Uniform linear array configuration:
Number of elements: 4
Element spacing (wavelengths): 0.75
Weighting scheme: binomial
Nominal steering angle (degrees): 30
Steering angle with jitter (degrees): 31.943
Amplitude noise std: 0.05
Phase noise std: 0.05

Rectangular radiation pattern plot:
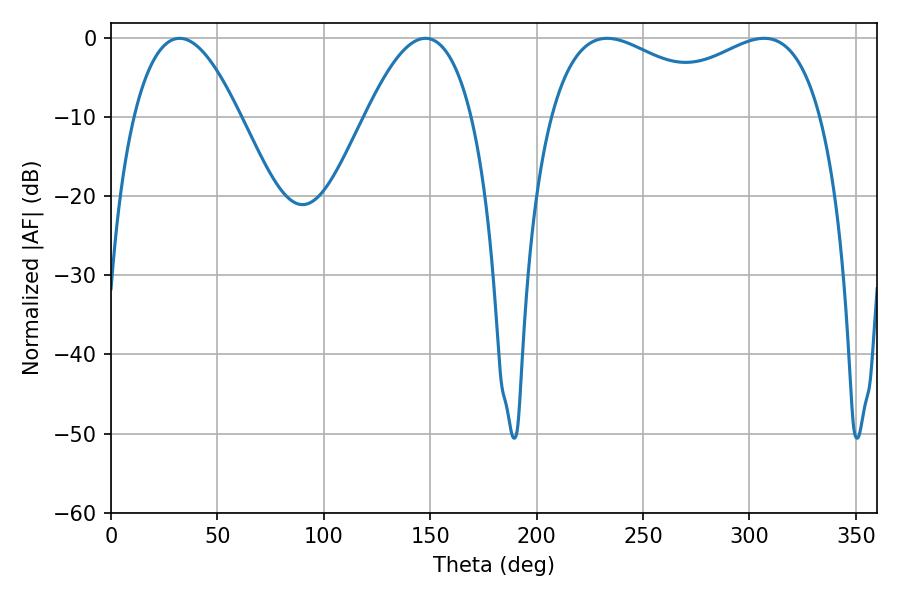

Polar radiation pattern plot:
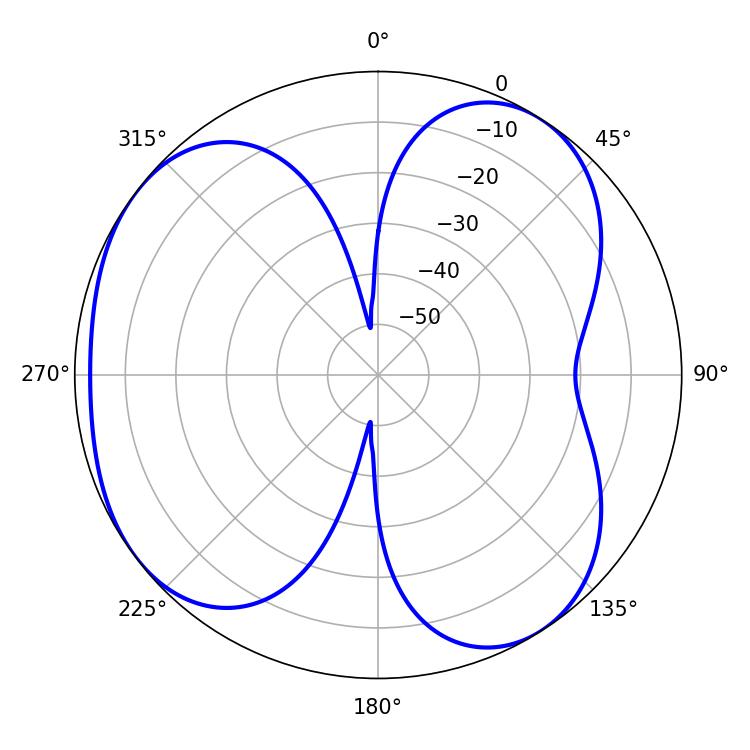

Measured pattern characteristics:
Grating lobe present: TRUE
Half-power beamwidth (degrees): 27.36
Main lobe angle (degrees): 32.22